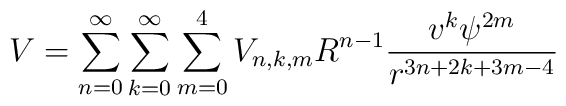
V =\sum_{n = 0}^{ \infty}  \sum_{k = 0}^{ \infty} \sum_{m = 0}^{4}  V_{n, k, m} R^{n -1}\frac{v^k \psi^{2m}}{r^{3n + 2k + 3m-4}}